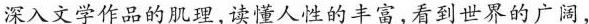
深入文学作品的肌理，读懂人性的丰富，看到世界的广阔